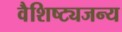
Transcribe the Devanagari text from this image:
वैशिष्ट्यजन्य